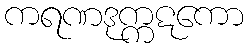
ကရဏဒုက္ကဋကော